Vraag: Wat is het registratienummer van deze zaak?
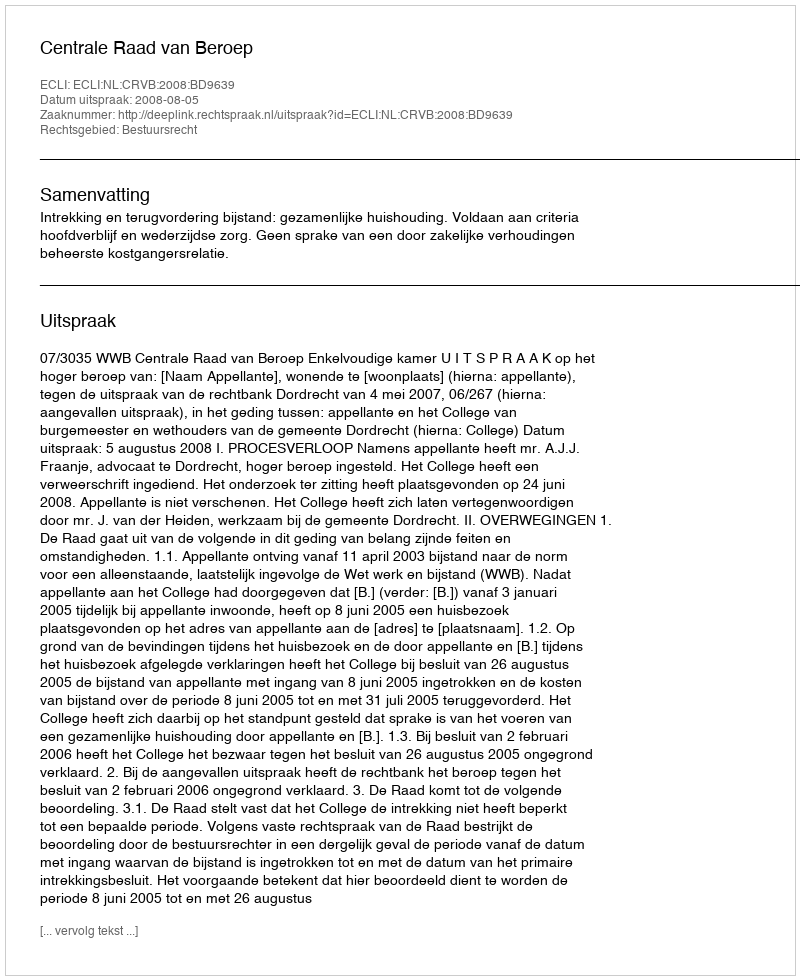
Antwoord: http://deeplink.rechtspraak.nl/uitspraak?id=ECLI:NL:CRVB:2008:BD9639